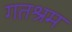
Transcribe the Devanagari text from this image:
गतश्रम